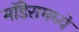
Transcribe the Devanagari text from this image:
मॉडेरामध्ये